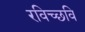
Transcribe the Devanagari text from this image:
रविच्छवि